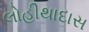
લોહીથાદાસ